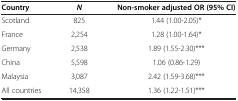
| Country | N | Non-smoker adjusted OR (95% CI) |
 | --- | --- | --- |
 | Scotland | 825 | 1.44 (1.00-2.05)* |
 | France | 2,254 | 1.28 (1.00-1.64)* |
 | Germany | 2,538 | 1.89 (1.55-2.30)*** |
 | China | 5,598 | 1.06 (0.86-1.29) |
 | Malaysia | 3,087 | 2.42 (1.59-3.68)*** |
 | All countries | 14,358 | 1.36 (1.22-1.51)*** |